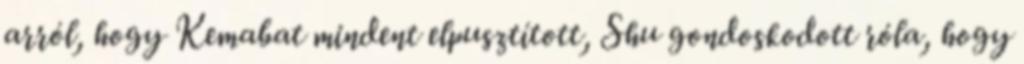
arról, hogy Kemabat mindent elpusztított, Shu gondoskodott róla, hogy